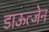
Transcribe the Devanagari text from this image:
डाऊत्जेन